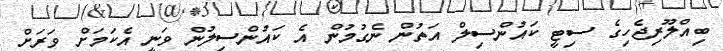
ބިއްލޫރިޖެހިގެ ސިޓީ ކައުންސިލް އަތުން ނެގުމުން އެ ކައުންސިލުން ވަނީ އެކަމަށް ވަރަށް